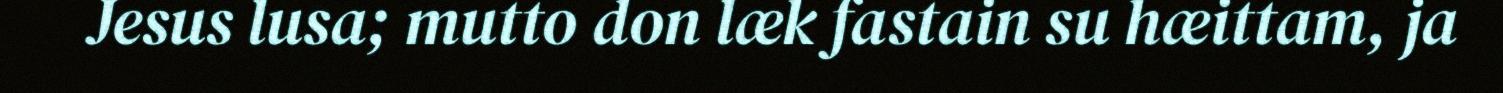
Jesus lusa; mutto don læk fastain su hæittam, ja